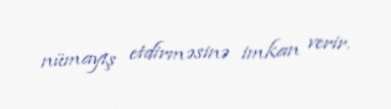
nümayiş etdirməsinə imkan verir.